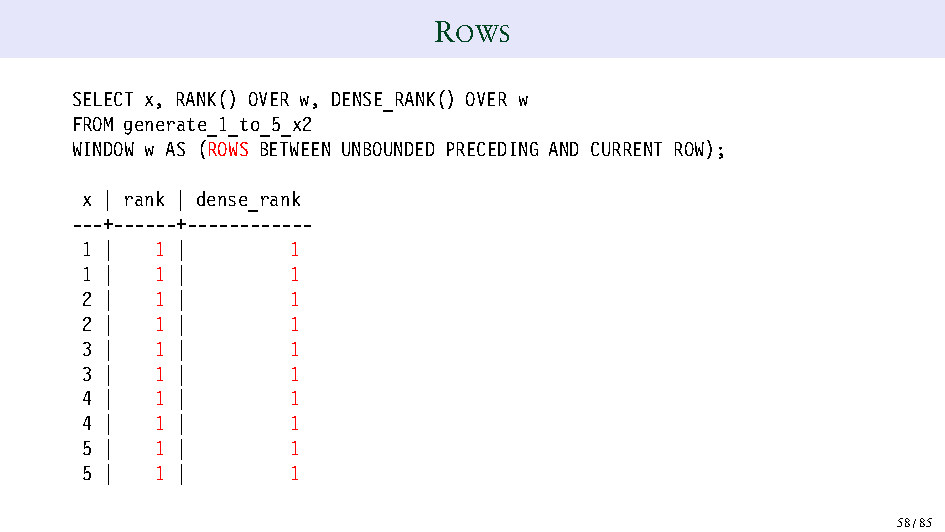
ROWS
 SELECT x, RANK() OVER w, DENSE_RANK() OVER w
 FROM generate_1_to_5_x2
 WINDOW w AS (ROWS BETWEEN UNBOUNDED PRECEDING AND CURRENT ROW);
 x | rank | dense_rank
 ---+------+------------
 1 |  1 |      1
 1 |  1 |      1
 2 |  1 |      1
 2 |  1 |      1
 3 |  1 |      1
 3 |  1 |      1
 4 |  1 |      1
 4 |  1 |      1
 5 |  1 |      1
 5 |  1 |      1
 58/85